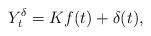
LaTeX: \begin{align*}Y^\delta_t= Kf(t) + \delta(t),\end{align*}